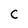
Character: C